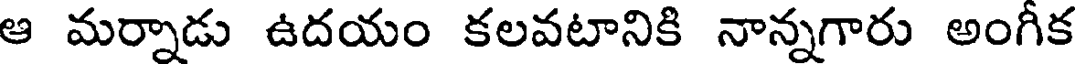
ఆ మర్నాడు ఉదయం కలవటానికి నాన్నగారు అంగీక